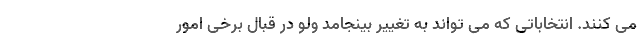
می کنند. انتخاباتی که می تواند به تغییر بینجامد ولو در قبال برخی امور